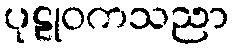
ပုဠုဝကသညာ